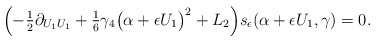
\begin{align*} \Big({-}\tfrac{1}{2} \partial_{U_1 U_1} + \tfrac{1}{6} \gamma_4 \big(\alpha + \epsilon U_1 \big)^2 + L_2 \Big) s_{\epsilon}(\alpha + \epsilon U_1,\gamma) = 0.\end{align*}